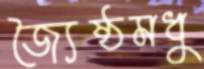
জ্যৈষ্ঠমধু